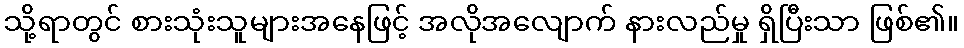
သို့ရာတွင် စားသုံးသူများအနေဖြင့် အလိုအလျောက် နားလည်မှု ရှိပြီးသာ ဖြစ်၏။